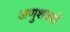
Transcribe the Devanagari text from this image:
अणुशस्त्रों